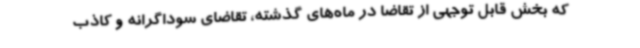
که بخش قابل توجهی از تقاضا در ماه‌های گذشته، تقاضای سوداگرانه و کاذب